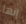
إنها